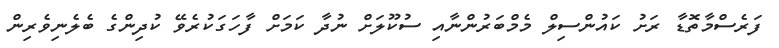
ފަރެސްމާތޮޑާ ރަށު ކައުންސިލް މެމްބަރުންނާއި ސުކޫލަށް ނުދާ ކަމަށް ފާހަގަކުރެވޭ ކުދިިންގެ ބެލެނިވެރިން